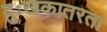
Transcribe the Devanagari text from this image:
दुःखकातरता